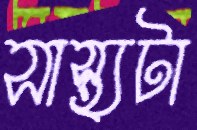
সাস্থ্যটা